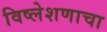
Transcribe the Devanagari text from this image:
विष्लेशणाचा